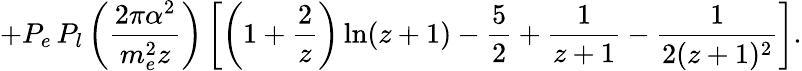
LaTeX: +P_{e}\, P_{l}\left(\frac{2\pi\alpha^{2}}{m_{e}^{2}z}\right)\left[\left(1+\frac{2}{z}\right)\ln(z+1)-\frac{5}{2}+\frac{1}{z+1}-\frac{1}{2(z+1)^{2}}\right].